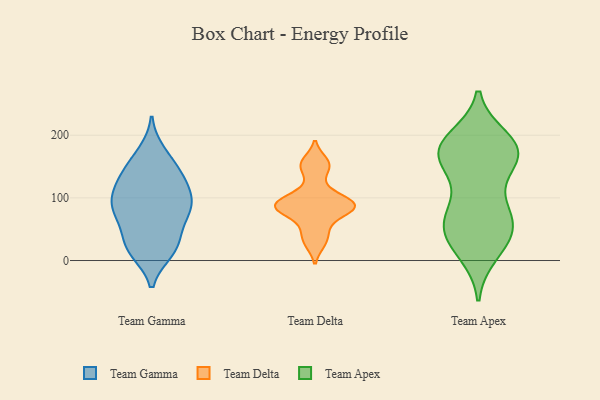
{"axis": {"x": "Net Income (USD K)", "y": "Value"}, "legend": ["Team Apex", "Team Delta", "Team Gamma"], "data": [{"x": "", "y": 29, "type": "Team Gamma"}, {"x": "", "y": 103, "type": "Team Gamma"}, {"x": "", "y": 130, "type": "Team Gamma"}, {"x": "", "y": 97, "type": "Team Gamma"}, {"x": "", "y": 163, "type": "Team Gamma"}, {"x": "", "y": 60, "type": "Team Gamma"}, {"x": "", "y": 23, "type": "Team Gamma"}, {"x": "", "y": 17, "type": "Team Gamma"}, {"x": "", "y": 131, "type": "Team Gamma"}, {"x": "", "y": 85, "type": "Team Gamma"}, {"x": "", "y": 68, "type": "Team Gamma"}, {"x": "", "y": 145, "type": "Team Gamma"}, {"x": "", "y": 172, "type": "Team Gamma"}, {"x": "", "y": 78, "type": "Team Gamma"}, {"x": "", "y": 132, "type": "Team Gamma"}, {"x": "", "y": 87, "type": "Team Gamma"}, {"x": "", "y": 84, "type": "Team Gamma"}, {"x": "", "y": 110, "type": "Team Gamma"}, {"x": "", "y": 15, "type": "Team Gamma"}, {"x": "", "y": 21, "type": "Team Gamma"}, {"x": "", "y": 49, "type": "Team Delta"}, {"x": "", "y": 87, "type": "Team Delta"}, {"x": "", "y": 76, "type": "Team Delta"}, {"x": "", "y": 28, "type": "Team Delta"}, {"x": "", "y": 146, "type": "Team Delta"}, {"x": "", "y": 88, "type": "Team Delta"}, {"x": "", "y": 90, "type": "Team Delta"}, {"x": "", "y": 86, "type": "Team Delta"}, {"x": "", "y": 109, "type": "Team Delta"}, {"x": "", "y": 158, "type": "Team Delta"}, {"x": "", "y": 183, "type": "Team Apex"}, {"x": "", "y": 60, "type": "Team Apex"}, {"x": "", "y": 194, "type": "Team Apex"}, {"x": "", "y": 148, "type": "Team Apex"}, {"x": "", "y": 84, "type": "Team Apex"}, {"x": "", "y": 189, "type": "Team Apex"}, {"x": "", "y": 51, "type": "Team Apex"}, {"x": "", "y": 165, "type": "Team Apex"}, {"x": "", "y": 72, "type": "Team Apex"}, {"x": "", "y": 174, "type": "Team Apex"}, {"x": "", "y": 20, "type": "Team Apex"}, {"x": "", "y": 171, "type": "Team Apex"}, {"x": "", "y": 89, "type": "Team Apex"}, {"x": "", "y": 37, "type": "Team Apex"}, {"x": "", "y": 61, "type": "Team Apex"}, {"x": "", "y": 12, "type": "Team Apex"}, {"x": "", "y": 171, "type": "Team Apex"}, {"x": "", "y": 173, "type": "Team Apex"}, {"x": "", "y": 38, "type": "Team Apex"}, {"x": "", "y": 162, "type": "Team Apex"}]}